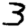
Digit: 3